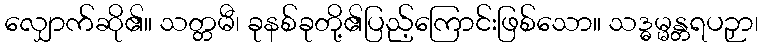
လျှောက်ဆို၏။ သတ္တမီ၊ ခုနစ်ခုတို့၏ပြည့်ကြောင်းဖြစ်သော။ သဒ္ဓမ္မန္တရပဉှာ၊